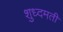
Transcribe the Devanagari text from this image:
शुध्दमती